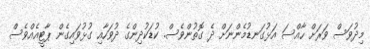
މިދުވަސް ވަރަށް ހާއްސަ އަޅުގަނޑުމެންނަށް ދެ ގޮތުންވެސް. ކުޑަކުދިންގެ ދުވަހާއި ގުޅުވައިގެން ޕާޓީއެއްވެސް